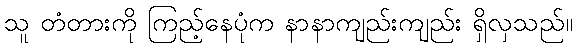
သူ တံတားကို ကြည့်နေပုံက နာနာကျည်းကျည်း ရှိလှသည်။